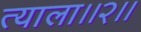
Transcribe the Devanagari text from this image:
त्याला।।२।।